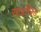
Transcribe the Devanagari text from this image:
साइलिड